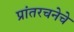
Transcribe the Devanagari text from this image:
प्रांतरचनेचे